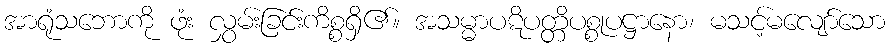
အာရုံသဘောကို ဖုံး လွှမ်းခြင်းကိစ္စရှိ၏။ အသမ္မာပဋိပတ္တိပစ္စုပဋ္ဌာနော၊ မသင့်မလျော်သော